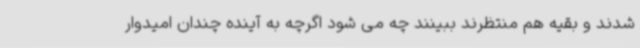
شدند و بقیه هم منتظرند ببینند چه می شود اگرچه به آینده چندان امیدوار